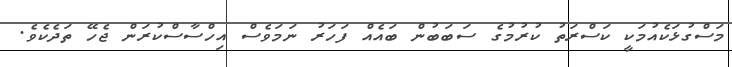
މަސްގުޅަކެއުމަކީ ކަސްރަތު ކުރުމުގެ ސަބަބުން ބައެއް ފަހަރު ނަމަވެސް އިހްސާސްކުރަން ޖެހޭ ތަދެކެވެ.